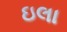
ઇલા